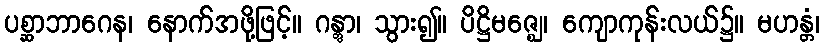
ပစ္ဆာဘာဂေန၊ နောက်အဖို့ဖြင့်။ ဂန္တွာ၊ သွား၍။ ပိဋ္ဌိမဇ္ဈေ၊ ကျောကုန်းလယ်၌။ မဟန္တံ၊